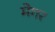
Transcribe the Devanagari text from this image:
मेगर